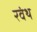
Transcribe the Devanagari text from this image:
रवंथ